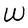
Character: W